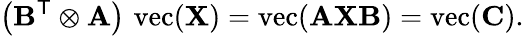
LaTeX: \left(\mathbf{B}^{\textsf{T}}\otimes\mathbf{A}\right)\, \operatorname{vec}(\mathbf{X})=\operatorname{vec}(\mathbf{AXB})=\operatorname{vec}(\mathbf{C}).